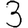
Digit: 3